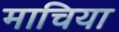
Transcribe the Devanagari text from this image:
माचिया